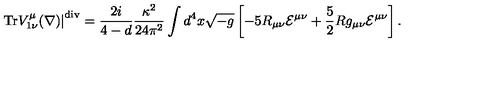
\left. \mathrm { T r } V _ { 1 \nu } ^ { \mu } ( \nabla ) \right| ^ { \mathrm { d i v } } = \frac { 2 i } { 4 - d } \frac { \kappa ^ { 2 } } { 2 4 \pi ^ { 2 } } \int d ^ { 4 } x \sqrt { - g } \left[ - 5 R _ { \mu \nu } { \cal E } ^ { \mu \nu } + \frac { 5 } { 2 } R g _ { \mu \nu } { \cal E } ^ { \mu \nu } \right] .